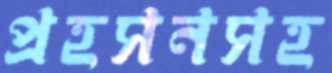
প্রহসনসহ